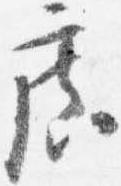
広